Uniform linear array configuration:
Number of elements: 16
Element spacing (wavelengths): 0.5
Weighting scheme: exponential
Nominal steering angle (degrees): -45
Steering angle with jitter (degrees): -44.884
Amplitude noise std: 0.05
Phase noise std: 0.05

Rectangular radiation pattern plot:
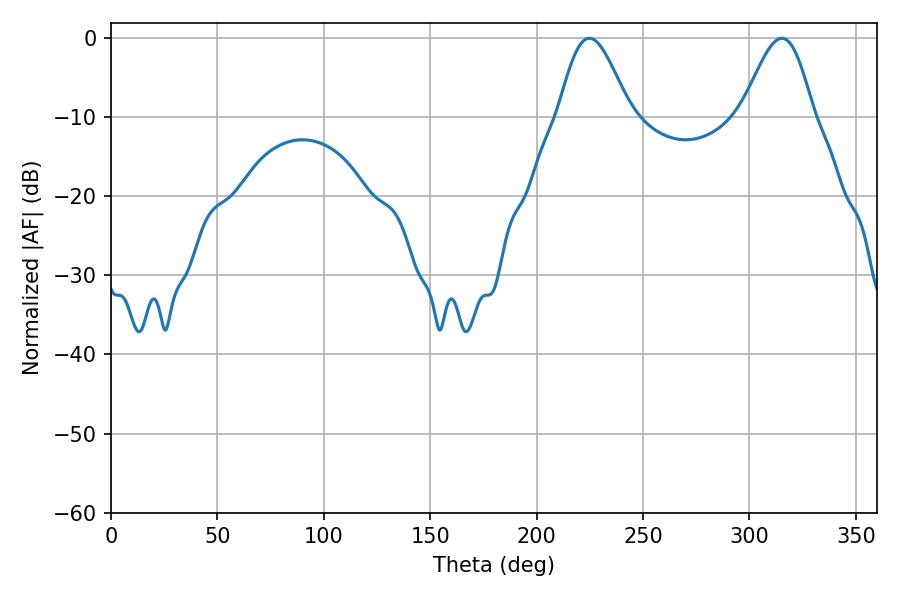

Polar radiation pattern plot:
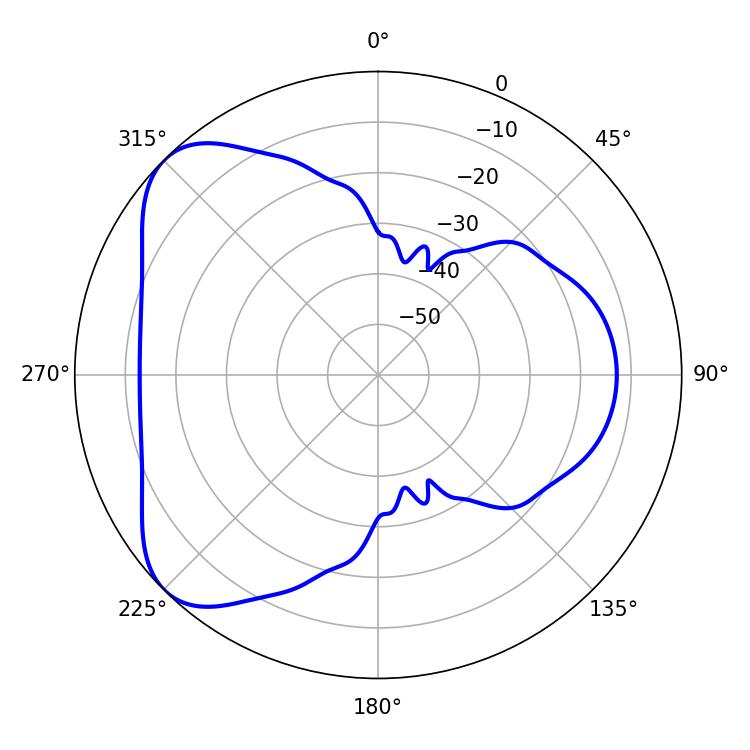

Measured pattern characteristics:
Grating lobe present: FALSE
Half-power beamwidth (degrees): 17.82
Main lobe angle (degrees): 224.82